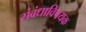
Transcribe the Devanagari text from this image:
संबंधाविषयक